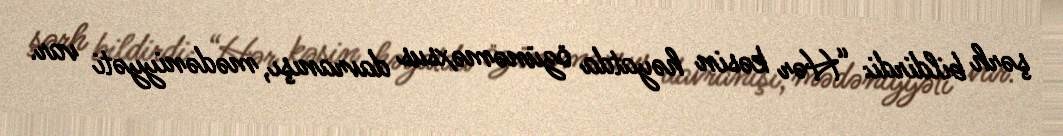
şərh bildirdi: “Hər kəsin həyatda özünəməxsus davranışı, mədəniyyəti var.